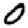
Digit: 0